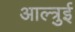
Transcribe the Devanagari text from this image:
आल्त्रुई